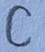
Text: C